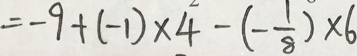
= - 9 + ( - 1 ) \times 4 - ( - \frac { 1 } { 8 } ) \times 6